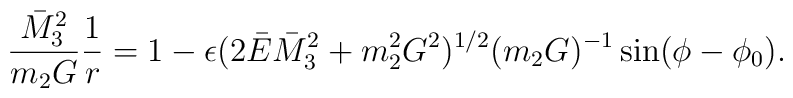
\frac{\bar{M}_{3}^{2} }{m_{2}G} \frac{1}{r} = 1 -\epsilon (2\bar{E} \bar{M}_{3}^{2} + m_{2}^{2}G^{2})^{1/2} (m_{2}G)^{- 1}\sin (\phi - \phi_{0} ).